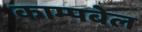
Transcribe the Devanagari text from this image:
काम्पबेल